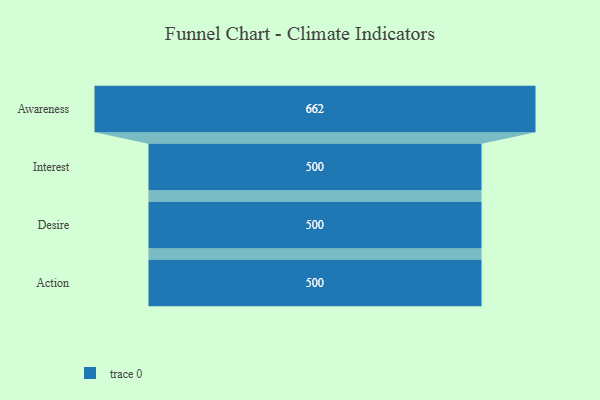
{"axis": {"x": "Stage", "y": "Value"}, "legend": [""], "data": [{"x": "Awareness", "y": 662.0, "type": ""}, {"x": "Interest", "y": 500, "type": ""}, {"x": "Desire", "y": 500, "type": ""}, {"x": "Action", "y": 500, "type": ""}]}